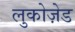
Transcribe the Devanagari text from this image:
लुकोज़ेड